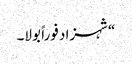
“شہزاد فوراً بولا۔